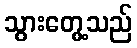
သွားတွေ့သည်